Insane asylums in Bengal annual reports 1876-1887 - 1876-1887
Year: 1876
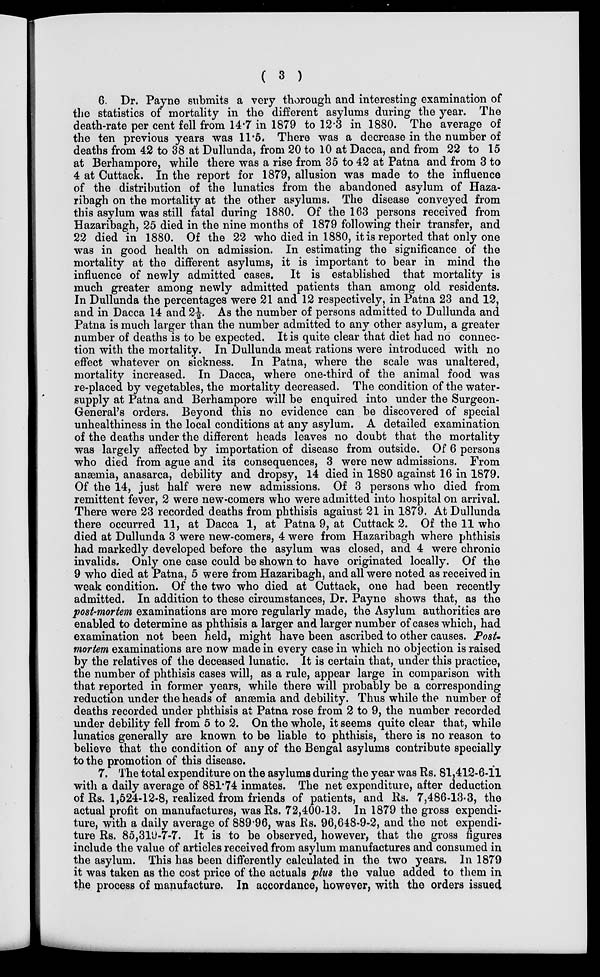
( 3 )
6. Dr. Payne submits a very thorough and interesting examination of
the statistics of mortality in the different asylums during the year. The
death-rate per cent fell from 14.7 in 1879 to 12.3 in 1880. The average of
the ten previous years was 11.5. There was a decrease in the number of
deaths from 42 to 38 at Dullunda, from 20 to 10 at Dacca, and from 22 to 15
at Berhampore, while there was a rise from 35 to 42 at Patna and from 3 to
4 at Cuttack. In the report for 1879, allusion was made to the influence
of the distribution of the lunatics from the abandoned asylum of Haza-
ribagh on the mortality at the other asylums. The disease conveyed from
this asylum was still fatal during 1880. Of the 163 persons received from
Hazaribagh, 25 died in the nine months of 1879 following their transfer, and
22 died in 1880. Of the 22 who died in 1880, it is reported that only one
was in good health on admission. In estimating the significance of the
mortality at the different asylums, it is important to bear in mind the
influence of newly admitted cases. It is established that mortality is
much greater among newly admitted patients than among old residents.
In Dullunda the percentages were 21 and 12 respectively, in Patna 23 and 12,
and in Dacca 14 and 2½. As the number of persons admitted to Dullunda and
Patna is much larger than the number admitted to any other asylum, a greater
number of deaths is to be expected. It is quite clear that diet had no connec-
tion with the mortality. In Dullunda meat rations were introduced with no
effect whatever on sickness. In Patna, where the scale was unaltered,
mortality increased. In Dacca, where one-third of the animal food was
re-placed by vegetables, the mortality decreased. The condition of the water-
supply at Patna and Berhampore will be enquired into under the Surgeon-
General's orders. Beyond this no evidence can be discovered of special
unhealthiness in the local conditions at any asylum. A detailed examination
of the deaths under the different heads leaves no doubt that the mortality
was largely affected by importation of disease from outside. Of 6 persons
who died from ague and its consequences, 3 were new admissions. From
anæmia, anasarca, debility and dropsy, 14 died in 1880 against 16 in 1879.
Of the 14, just half were new admissions. Of 3 persons who died from
remittent fever, 2 were new-comers who were admitted into hospital on arrival.
There were 23 recorded deaths from phthisis against 21 in 1879. At Dullunda
there occurred 11, at Dacca 1, at Patna 9, at Cuttack 2. Of the 11 who
died at Dullunda 3 were new-comers, 4 were from Hazaribagh where phthisis
had markedly developed before the asylum was closed, and 4 were chronic
invalids. Only one case could be shown to have originated locally. Of the
9 who died at Patna, 5 were from Hazaribagh, and all were noted as received in
weak condition. Of the two who died at Cuttack, one had been recently
admitted. In addition to these circumstances, Dr. Payne shows that, as the
post-mortem examinations are more regularly made, the Asylum authorities are
enabled to determine as phthisis a larger and larger number of cases which, had
examination not been held, might have been ascribed to other causes. Post-
mortem examinations are now made in every case in which no objection is raised
by the relatives of the deceased lunatic. It is certain that, under this practice,
the number of phthisis cases will, as a rule, appear large in comparison with
that reported in former years, while there will probably be a corresponding
reduction under the heads of anæmia and debility. Thus while the number of
deaths recorded under phthisis at Patna rose from 2 to 9, the number recorded
under debility fell from 5 to 2. On the whole, it seems quite clear that, while
lunatics generally are known to be liable to phthisis, there is no reason to
believe that the condition of any of the Bengal asylums contribute specially
to the promotion of this disease.
7. The total expenditure on the asylums during the year was Rs. 81,412-6-11
with a daily average of 881.74 inmates. The net expenditure, after deduction
of Rs. 1,524-12-8, realized from friends of patients, and Rs. 7,486-13-3, the
actual profit on manufactures, was Rs. 72,400-13. In 1879 the gross expendi-
ture, with a daily average of 889.96, was Rs. 96,648-9-2, and the net expendi-
ture Rs. 85,319-7-7. It is to be observed, however, that the gross figures
include the value of articles received from asylum manufactures and consumed in
the asylum. This has been differently calculated in the two years. In 1879
it was taken as the cost price of the actuals plus the value added to them in
the process of manufacture. In accordance, however, with the orders issued